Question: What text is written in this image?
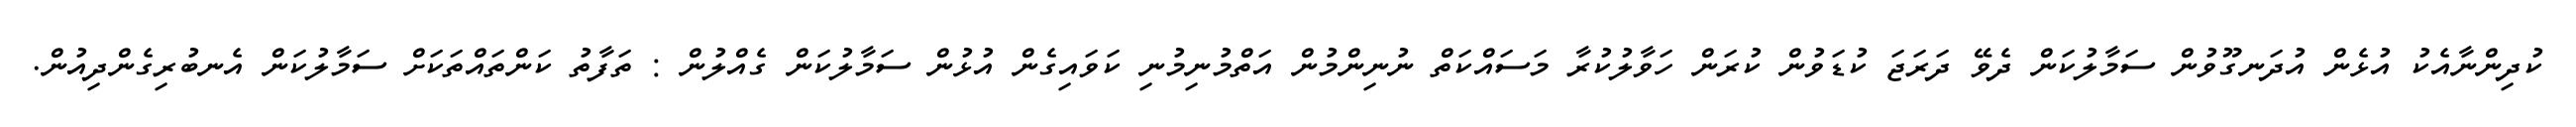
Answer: ކުދިންނާއެކު އުޅެން އުދަނގޫވުން ސަމާލުކަން ދެވޭ ދަރަޖަ ކުޑަވުން ކުރަން ހަވާލުކުރާ މަސައްކަތް ނުނިންމުން އަތްމުނިމުނި ކަވައިގެން އުޅުން ސަމާލުކަން ގެއްލުން : ތަފާތު ކަންތައްތަކަށް ސަމާލުކަން އެނބުރިގެންދިއުން.